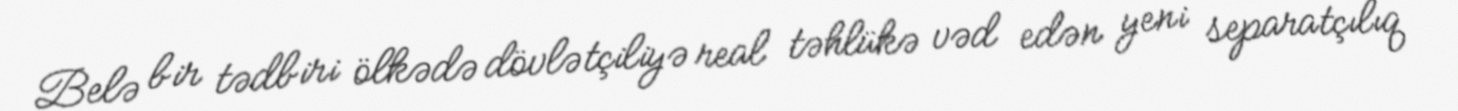
Belə bir tədbiri ölkədə dövlətçiliyə real təhlükə vəd edən yeni separatçılıq